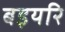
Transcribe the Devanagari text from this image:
बइयरि